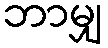
ဘာမျှ